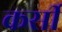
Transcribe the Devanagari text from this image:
कर्सी